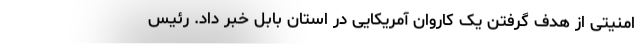
امنیتی از هدف گرفتن یک کاروان آمریکایی در استان بابِل خبر داد. رئیس